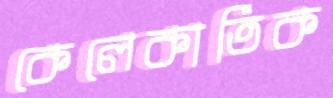
কেলেকার্তিক